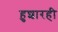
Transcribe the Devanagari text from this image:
हुशारही